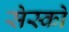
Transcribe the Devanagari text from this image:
सेस्को